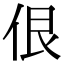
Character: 佷